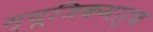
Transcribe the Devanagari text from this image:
म्यूजिकमार्च